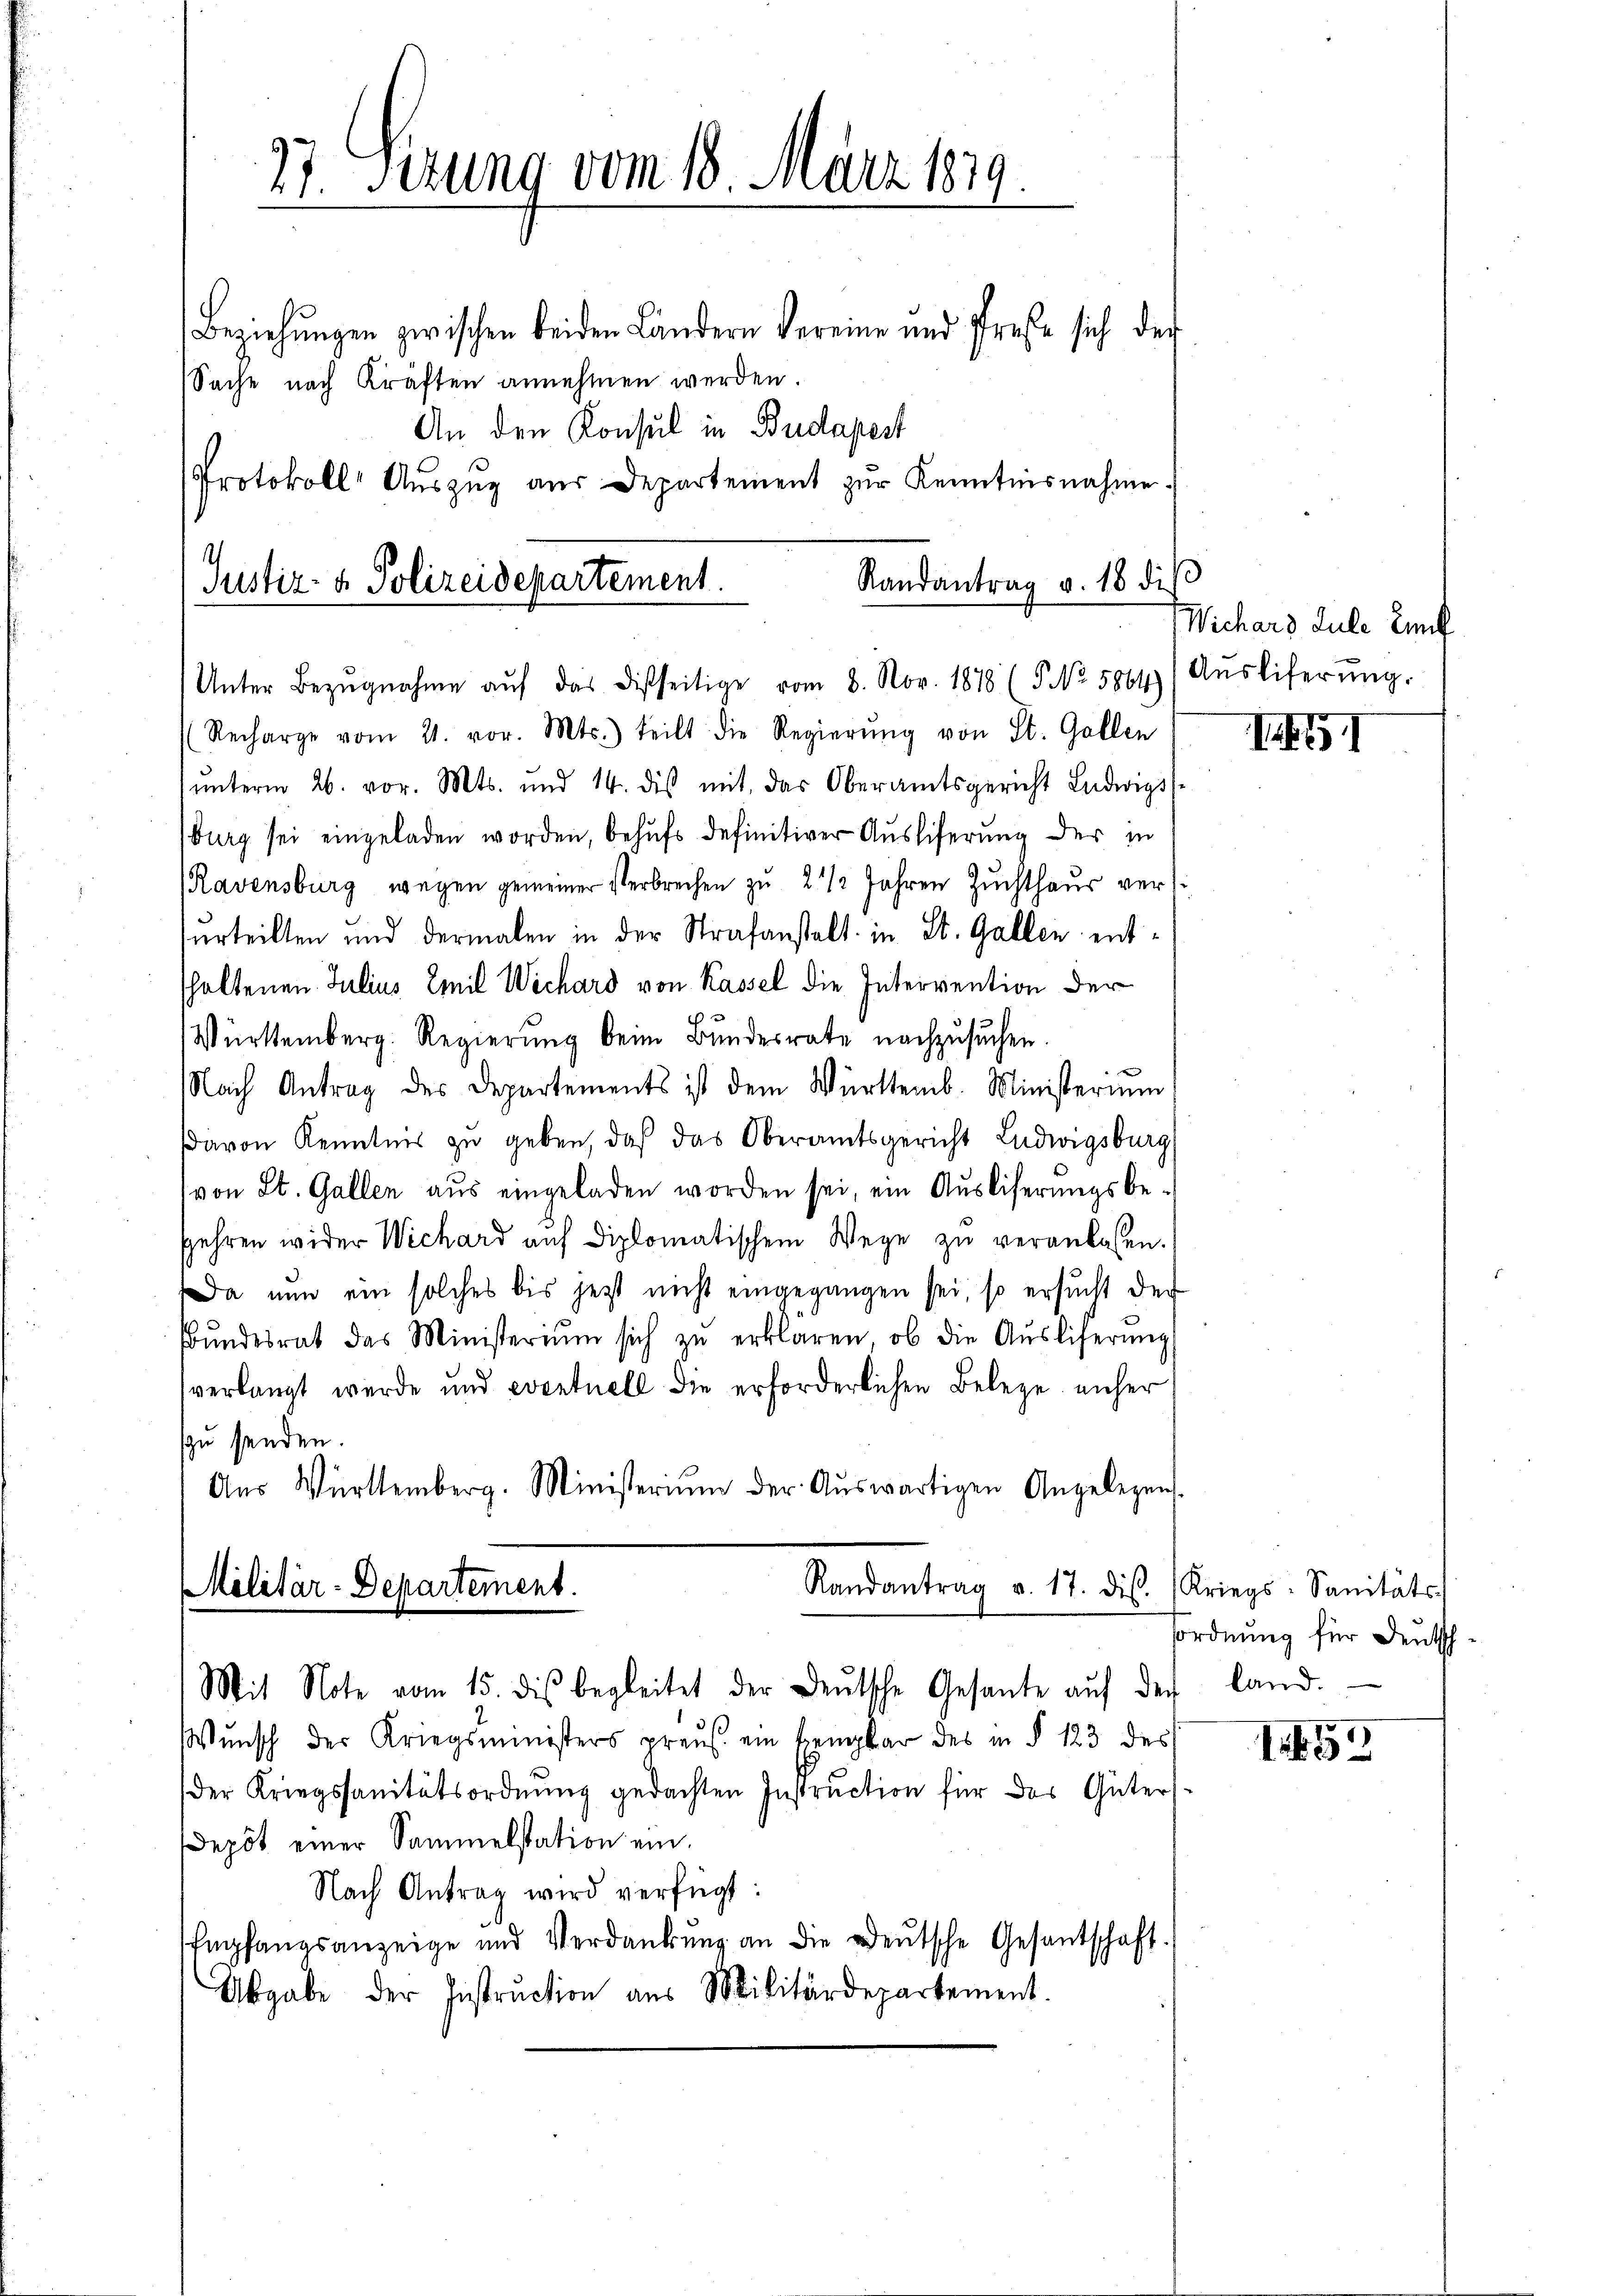
Protokoll Aŭszŭg aŭs Departement zŭr Kenntnisnahme.

Randantrag v. 18 diβ
Justiz- & Polizeidepartement.
Unter Bezŭgnahme aŭf das disseitige vom 8. Nov. 1878 (NNo. 5864) Aŭsliferŭng.

27. Sezung vom 18. März 1879
Beziehungen zwischen beiden Ländern Vereine und Preße sich der
Sache nach Kräften annehmen werden.
An den Konsul in Budapest

(Recharge vom 21. vor. Mts. teilt die Regierŭng von St. Gallen
unterm 26. vor. Mts. und 14. dis mit, das Oberamtsgericht Ludwigsburg sei eingeladen worden, behufs definitiver Ausliferung der in
Ravensburg wegen gemeiner Verbrechen zu 2 1/2 Jahren Zuchthaus vers
serteilten und dermalen in der Strafanstalt in St. Gallen entshaltenen Julius Emil Wichard von Kassel die Interrention der
Württemberg. Regierŭng beim Bundesrate nachzusuchen.
Nach Antrag des Departements ist dem Württemb. Ministerium
davon Kenntnis zŭ geben, daß das Oberamtsgericht Ludwigsburg
von St. Gallen aus eingeladen worden sei, ein Ausliferungsbe-
fehren wider Wichard auf diplomatischem Wege zu veranlassen.
Da nun ein solches bis jetzt nicht eingegangen sei, so ersŭcht der
bŭndesrat das Ministerium sich zŭ erklären, ob die Aŭsliferŭng
verlangt wurde und eventuell die erforderlichen Belege unser
zu senden.
Aŭs Württemberg. Ministerium der Aŭswärtigen Angelegens-
Randantrag v. 17. dis. (Kriegs-Sanitäts-
Militär-Departement.

Mit Note vom 15. dis begleitet der deŭtsche Gesante aŭf der land.
Wunsch der Kriegsministers preus ein Exemplar des in § 123 des
der Kriegssanitätsordnŭng gedachten Instruction für das Güter
depot einer Sammelstation ein.
Nach Antrag wird verfügt:
Empfangsanzeige und Verdankŭng an die Deutsche Gesantschaft.
Abgabe der Instruction aus Militärdepartement.

Wichard Sule En

I

ordnung für Deutsch-

1453